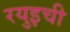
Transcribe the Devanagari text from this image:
रयुइची